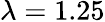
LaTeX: \lambda=1.25